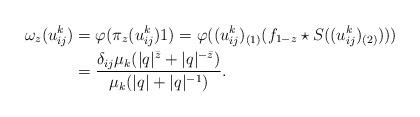
LaTeX: \begin{align*}\omega_z(u_{ij}^{k}) &= \varphi(\pi_z(u_{ij}^{k})1) = \varphi((u_{ij}^{k})_{(1)}(f_{1-z}\star S((u_{ij}^{k})_{(2)})) ) \\&= \frac{\delta_{ij}\mu_k(|q|^{\bar z} +|q|^{-\bar z})}{\mu_{k}(|q| +|q|^{-1})}. \end{align*}